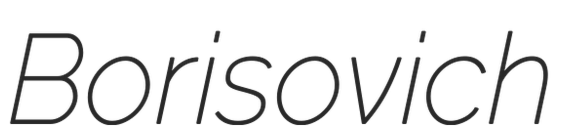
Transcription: Borisovich